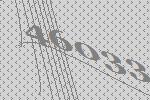
46033